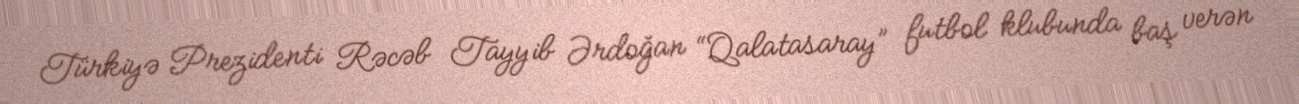
Türkiyə Prezidenti Rəcəb Tayyib Ərdoğan “Qalatasaray” futbol klubunda baş verən